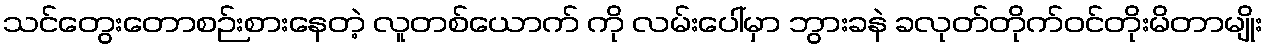
သင်တွေးတောစဉ်းစားနေတဲ့ လူတစ်ယောက် ကို လမ်းပေါ်မှာ ဘွားခနဲ ခလုတ်တိုက်ဝင်တိုးမိတာမျိုး